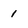
Character: 1